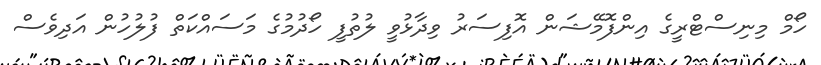
ހޯމް މިނިސްޓްރީގެ އިންފޮމޭޝަން އޮފިސަރު ވިދާޅުވީ ލުތުފީ ހޯދުމުގެ މަސައްކަތް ފުލުހުން އަދިވެސް